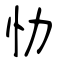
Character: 忇